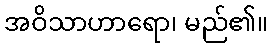
အဝိသာဟာရော၊ မည်၏။